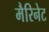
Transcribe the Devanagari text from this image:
मैरिनेट